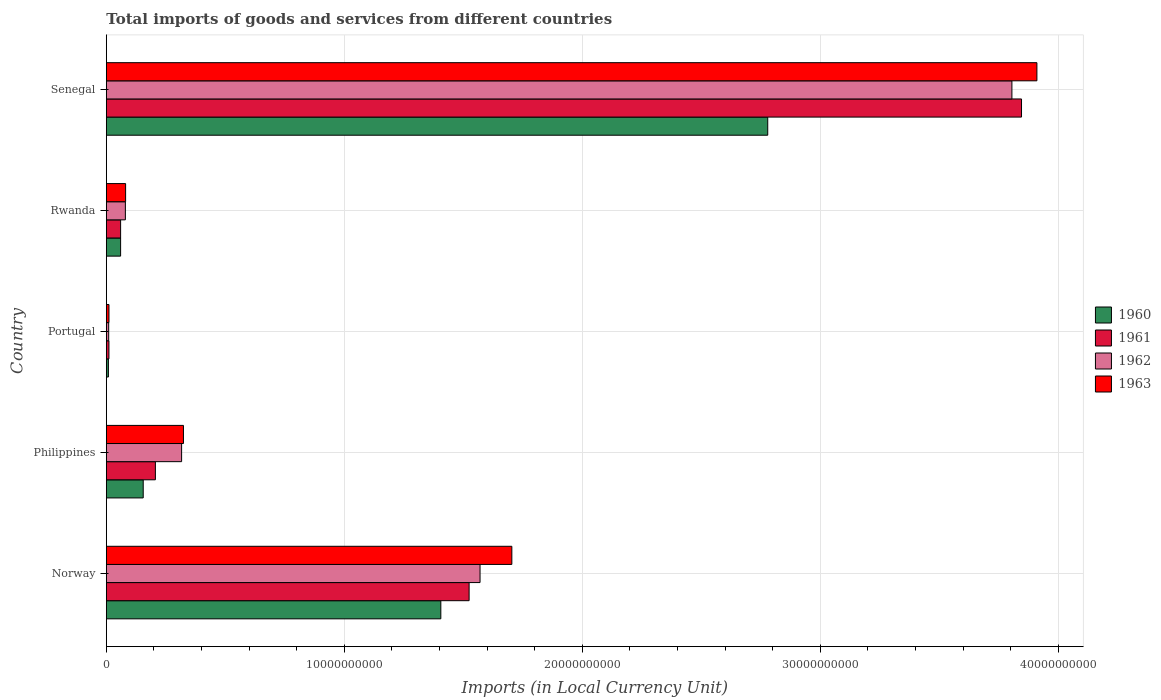
| Country | 1960 | 1961 | 1962 | 1963 |
 | --- | --- | --- | --- | --- |
 | Norway | 1.41e+10 | 1.52e+10 | 1.57e+10 | 1.7e+10 |
 | Philippines | 1.55e+09 | 2.06e+09 | 3.16e+09 | 3.24e+09 |
 | Portugal | 8.7e+07 | 1.1e+08 | 9.89e+07 | 1.11e+08 |
 | Rwanda | 6e+08 | 6e+08 | 8e+08 | 8.1e+08 |
 | Senegal | 2.78e+10 | 3.85e+10 | 3.81e+10 | 3.91e+10 |